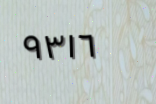
٩٣١٦